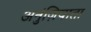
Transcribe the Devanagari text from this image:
अनुंज़ियाता